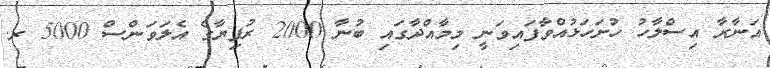
އަނާރާ އިސްލާހު ހުށަހަޅުއްވާފައިވަނީ މިމާއްދާގައި ބުނާ 2000 ރުފިޔާގެ އެލަވަންސް 5000 ރ.